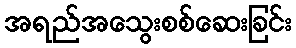
အရည်အသွေးစစ်ဆေးခြင်း